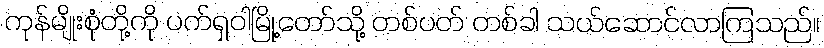
ကုန်မျိုးစုံတို့ကို ပက်ရှဝါမြို့တော်သို့ တစ်ပတ် တစ်ခါ သယ်ဆောင်လာကြသည်။